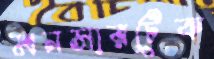
মনসারটেক